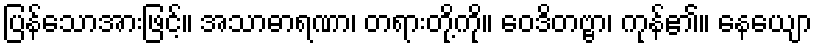
ပြန်သောအားဖြင့်။ အသာဓာရဏာ၊ တရားတို့ကို။ ဝေဒိတဗ္ဗာ၊ ကုန်၏။ နေယျော